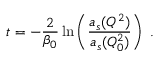
t = - { \frac { 2 } { \beta _ { 0 } } } \ln \left( { \frac { a _ { s } ( Q ^ { 2 } ) } { a _ { s } ( Q _ { 0 } ^ { 2 } ) } } \right) ~ .